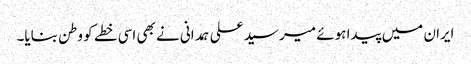
ایران میں پیدا ہوئے میر سید علی ہمدانی نے بھی اسی خطے کو وطن بنایا۔